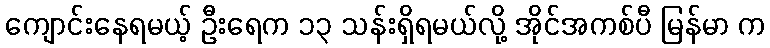
ကျောင်းနေရမယ့် ဦးရေက ၁၃ သန်းရှိရမယ်လို့ အိုင်အကစ်ပီ မြန်မာ က